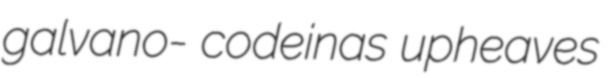
galvano- codeinas upheaves